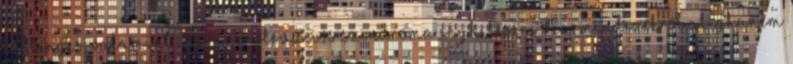
túltengés, valamint a premenstruációs szindróma enyhítésére. Na, mindezekről alighanem